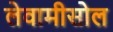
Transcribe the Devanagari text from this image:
लेवामीसोल